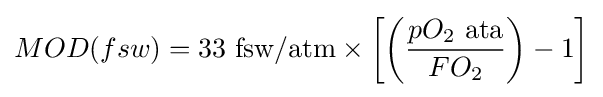
MOD(fsw)=33\mathrm {~fsw/atm} \times \left[\left({pO_{2}\mathrm {~ata}  \over FO_{2}}\right)-1\right]